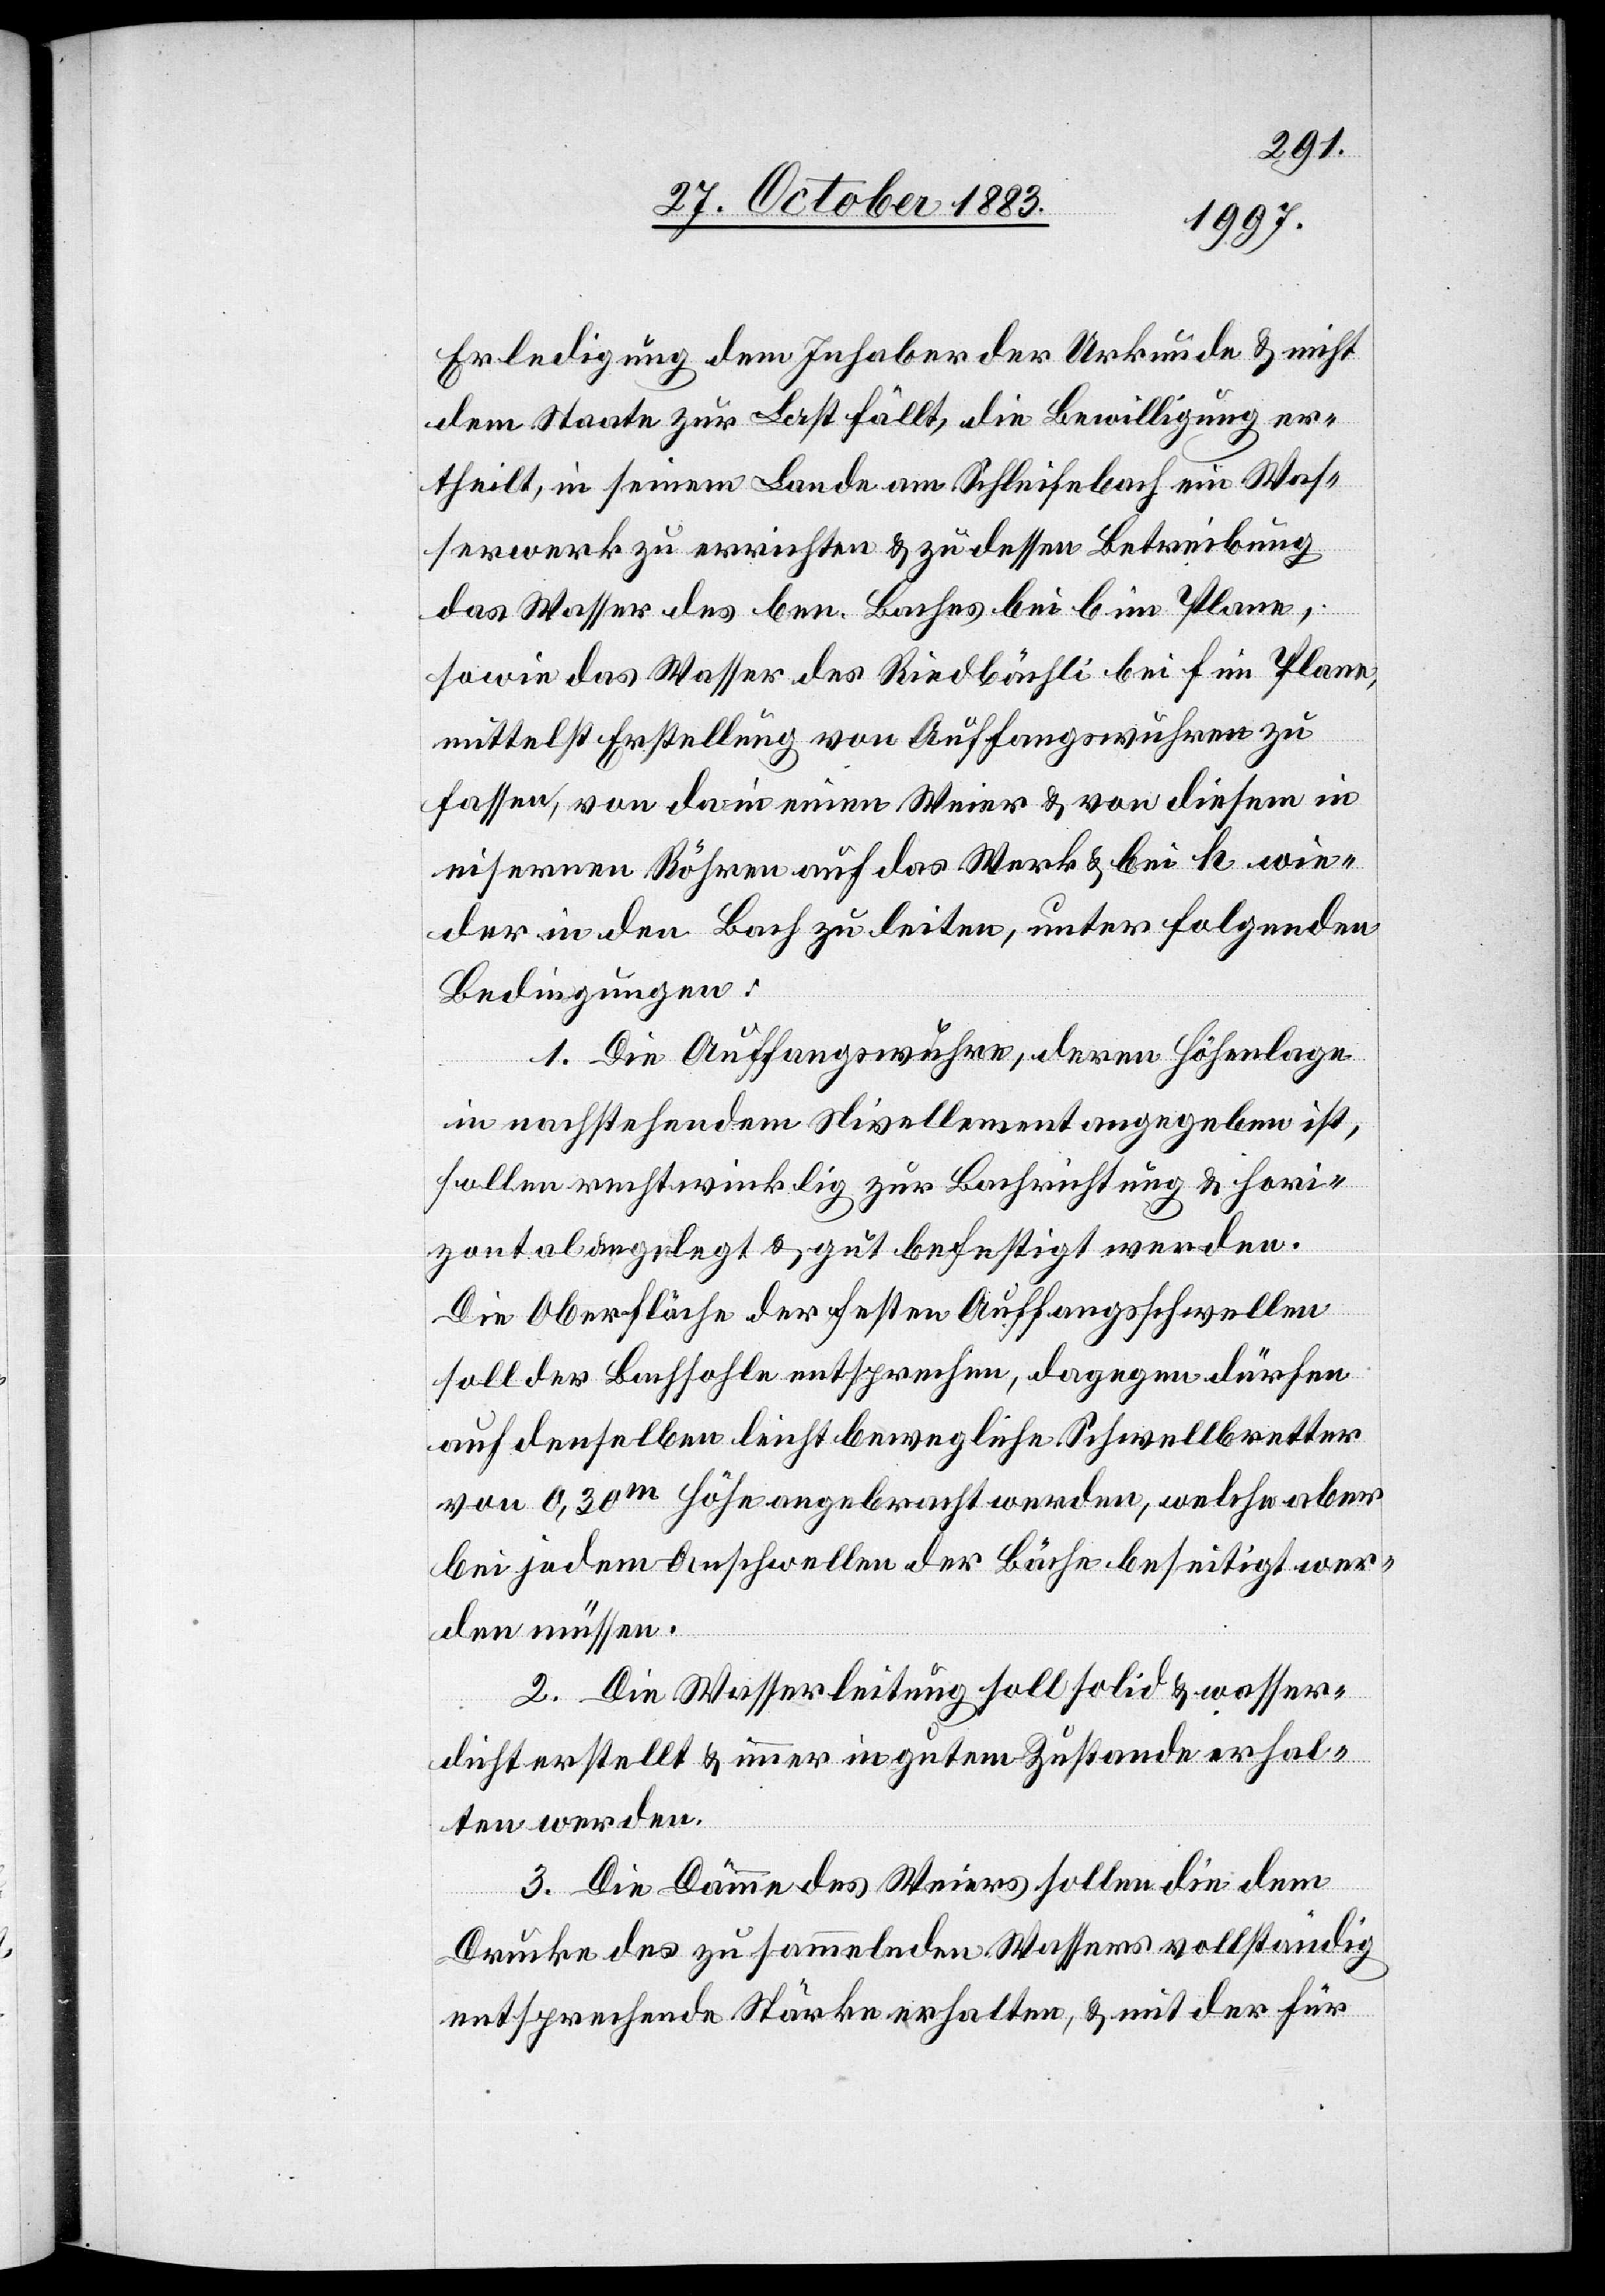
Erledigung dem Inhaber der Urkunde & nicht
dem Staate zur Last fällt, die Bewilligung er¬
theilt, in seinem Lande am Schleifebach ein Was¬
serwerk zu errichten & zu dessen Betreibung
das Wasser des ben. Baches bei b im Plane,
sowie das Wasser des Riedbächli bei f im Plane,
mittelst Erstellung von Auffangswuhren zu
wieder in den Bach zu leiten, unter folgenden
Bedingungen:
1. Die Auffangswuhre, deren Höhenlage
in nachstehendem Nivellement angegeben ist,
fallen rechtwinklig zur Bachrichtung & hori¬
zontal angelegt & gut befestigt werden.
Die Oberfläche der festen Auffangsschwellen
soll der Bachsohle entsprechen, dagegen dürfen
auf denselben leicht bewegliche Schwellbretter
von 0,30m Höhe angebracht werden, welche aber
bei jedem Anschwellen der Bäche beseitig wer¬
den müssen.
2. Die Wasserleitung soll solid & wasser¬
dicht erstellt & immer in gutem Zustande erhal¬
ten werden.
3. Die Dämme des Weiers sollen die dem
Drucke des zu sammelnden Wassers vollständig
entsprechende Stärke erhalten, & mit der für